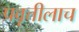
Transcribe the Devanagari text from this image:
प्रवृत्तीलाच